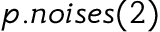
p . n o i s e s ( 2 )